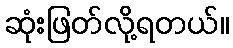
ဆုံးဖြတ်လို့ရတယ်။